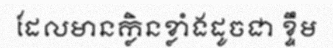
ដែលមានក្លិនខ្លាំងដូចជា ខ្ទឹម